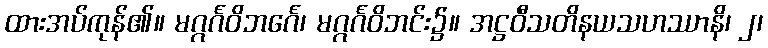
ထားအပ်ကုန်၏။ မဂ္ဂင်္ဂဝိဘင်္ဂေ၊ မဂ္ဂင်္ဂဝိဘင်း၌။ အဋ္ဌဝီသတိနယသဟဿာနိ၊ ၂၊